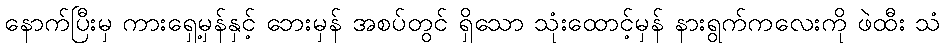
နောက်ပြီးမှ ကားရှေ့မှန်နှင့် ဘေးမှန် အစပ်တွင် ရှိသော သုံးထောင့်မှန် နားရွက်ကလေးကို ဖဲထီး သံ